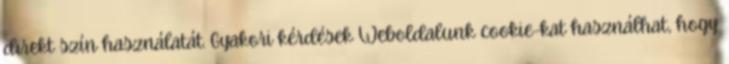
direkt szín használatát. Gyakori kérdések Weboldalunk cookie-kat használhat, hogy